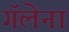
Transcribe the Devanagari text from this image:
गॅलेना